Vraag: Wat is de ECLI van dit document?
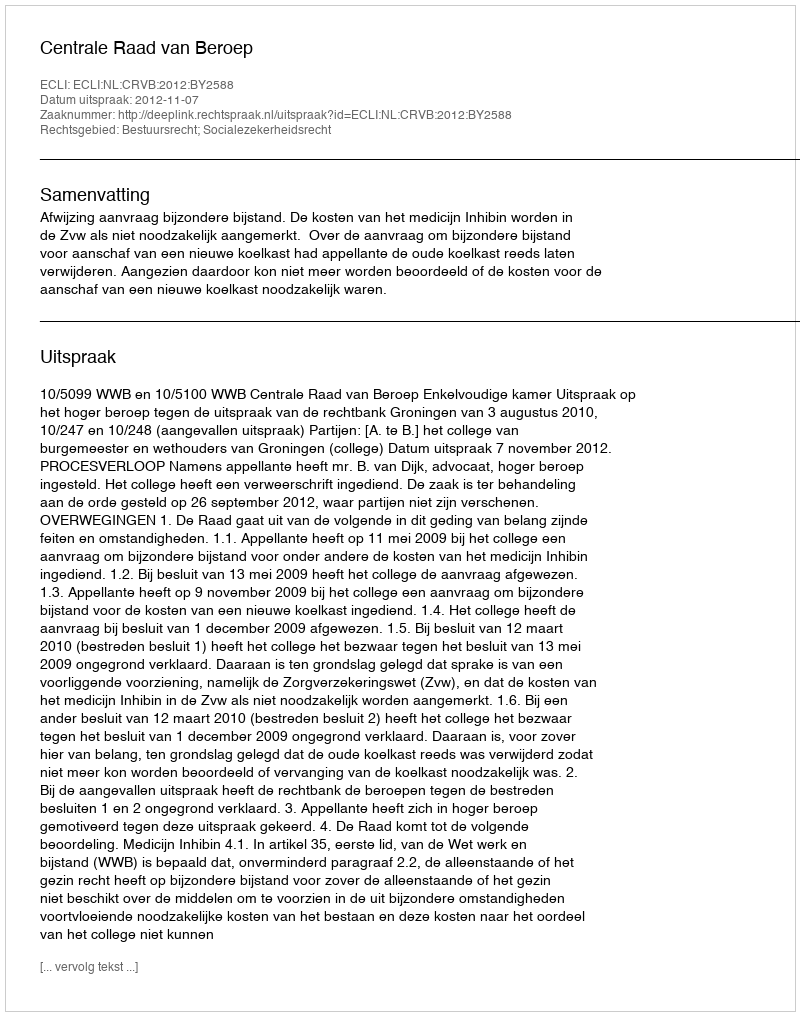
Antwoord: ECLI:NL:CRVB:2012:BY2588